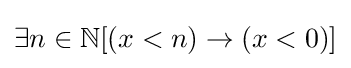
\exists n\in \mathbb {N} [(x<n)\rightarrow (x<0)]